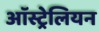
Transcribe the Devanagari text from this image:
आॅस्ट्रेलियन